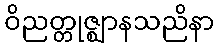
ဝိညတ္တုဇ္ဈာနသညိနာ